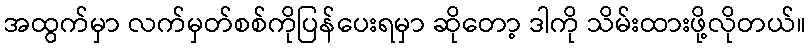
အထွက်မှာ လက်မှတ်စစ်ကိုပြန်ပေးရမှာ ဆိုတော့ ဒါကို သိမ်းထားဖို့လိုတယ်။